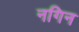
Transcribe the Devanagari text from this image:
नगिन